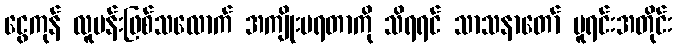
ငွေကုန် လူပန်းဖြစ်သလောက် အကျိုးမရတာကို သိရရင် သာသနာတော် မူရင်းအတိုင်း